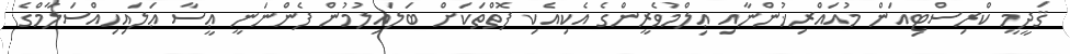
ޤަދީމީ ކްރިސްޓިއަން މުއައްރިޚުންނާއި ޢިލްމުވެރީންގެ އެކިއެކި ފޮތްތަކަށް ބަލައިލުމުން ފެންނަނީ ޢީސާ ޢަލައިހިއްސަލާމްގެ